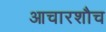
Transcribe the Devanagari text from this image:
आचारशौच